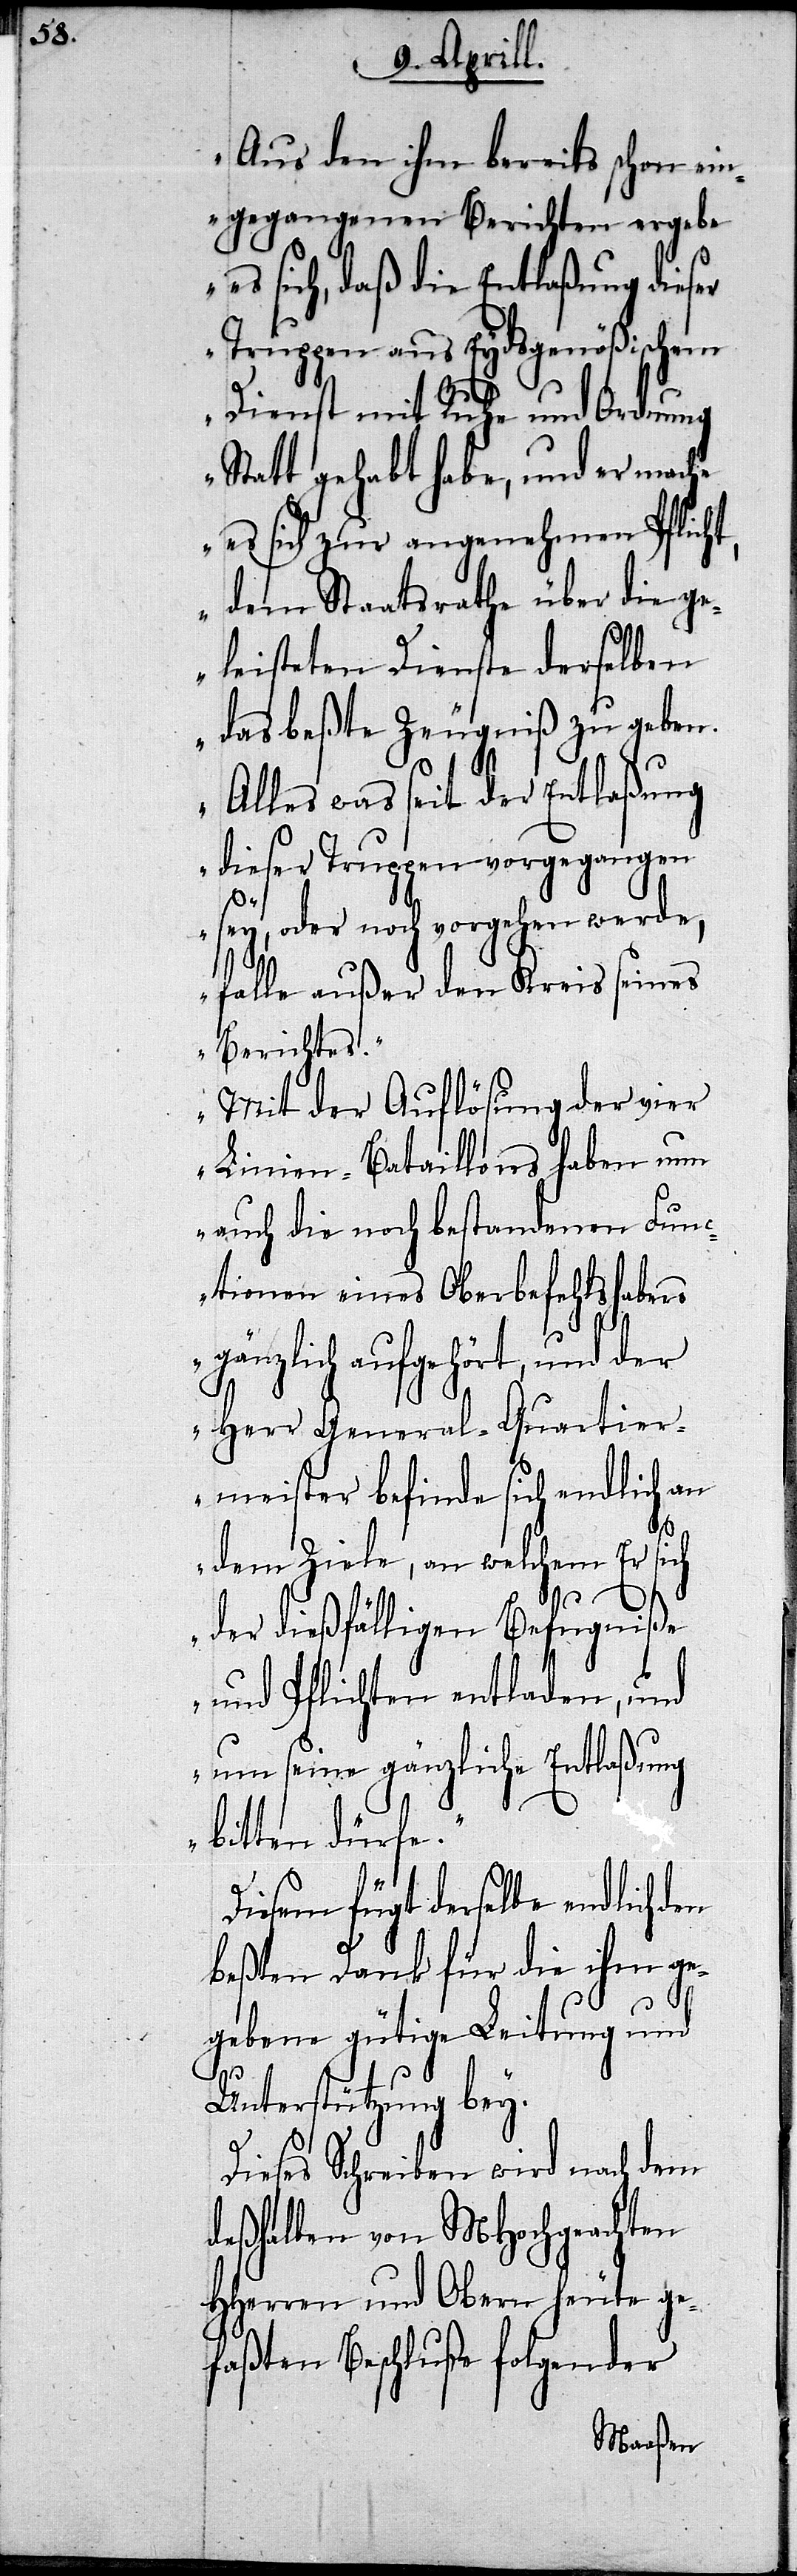
Aus den ihm bereits schon ein¬
gegangenen Berichten ergebe
es sich, daß die Entlaßung dieser
Truppen aus Eydsgenößischem
Dienst mit Ruhe und Ordnung
Statt gehabt habe, und er mache
es sich zur angenehmen Pflicht,
dem Staatsrathe über die ge¬
leisteten Dienste derselben
das beßte Zeugniß zugeben.
Alles was seit der Entlaßung
dieser Truppen vorgegangen
sey, oder noch vorgehen werden,
falle außer den Kreis seines
Berichtes.
Mit der Auflösung der vier
Linien-Bataillons haben nun
auch die noch bestandenen Fun¬
ctionen eines Oberbefehlshabers
gänzlich aufgehört, und der
Herr General-Quartier¬
meister befinde sich endlich an
dem Ziele, an welchem Er sich
der dießfälligen Befugniße
und Pflichten entladen, und
um seine gänzliche Entlaßung
bitten dürfe.“
Diesem fügt derselbe endlich den
beßten Dank für die ihm ge¬
gebene gütige Leitung und
Unterstützung bey.
Dieses Schreiben wird nach dem
deßelben von MHochgeachten
HHerren und Obern heute ge¬
faßten Beschluße folgender